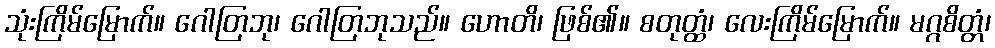
သုံးကြိမ်မြောက်။ ဂေါတြဘု၊ ဂေါတြဘုသည်။ ဟောတိ၊ ဖြစ်၏။ စတုတ္ထံ၊ လေးကြိမ်မြောက်။ မဂ္ဂစိတ္တံ၊